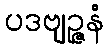
ပဒဗျဉ္ဇနံ